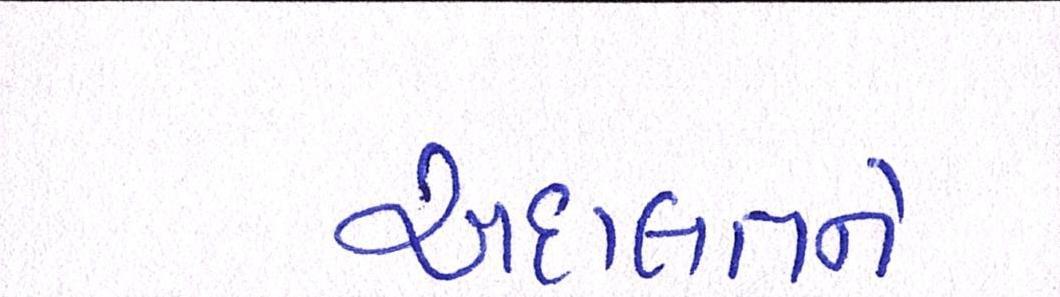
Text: અદાલતને